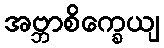
အဗ္ဘာစိက္ခေယျ